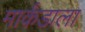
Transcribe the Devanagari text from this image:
मार्कंडाला